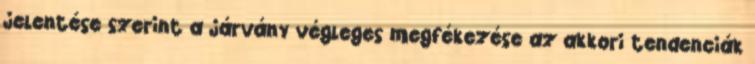
jelentése szerint a járvány végleges megfékezése az akkori tendenciák